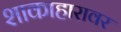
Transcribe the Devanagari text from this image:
शाकाहारावर